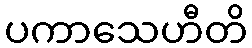
ပကာသေဟီတိ